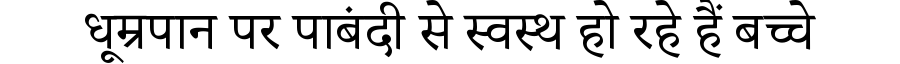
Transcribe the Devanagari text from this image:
धूम्रपान पर पाबंदी से स्वस्थ हो रहे हैं बच्चे